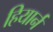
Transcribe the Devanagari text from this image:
हियार्न